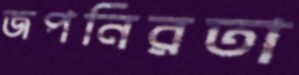
জপনিরতা